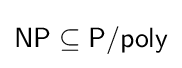
{\mathsf {NP}}\subseteq {\mathsf {P/poly}}